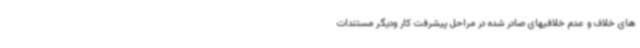
های خلاف و عدم خلافیهای صادر شده در مراحل پیشرفت کار ودیگر مستندات